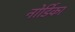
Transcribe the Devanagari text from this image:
नोर्डिका